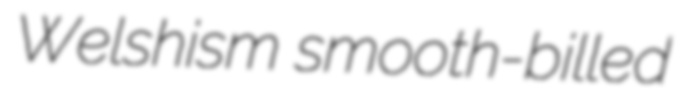
Welshism smooth-billed